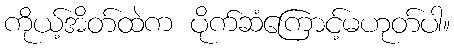
ကိုယ့်အိတ်ထဲက ပိုက်ဆံကြောင့်မဟုတ်ပါ။